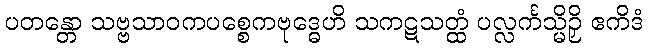
ပတန္တော သဗ္ဗသာဝကပစ္စေကဗုဒ္ဓေဟိ သကဋသတ္ထံ ပလ္လင်္ကသ္မိဉှိ ဧကိဒံ